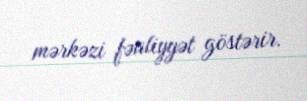
mərkəzi fəaliyyət göstərir.